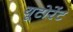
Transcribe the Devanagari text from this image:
यूटोरेंट